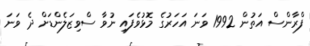
ފްރާންސް އަތުން 1992 ވަނަ އަހަރުގެ މޮޅުވެފައި ނުވާ ސްވިޒަލެންޑަށް ދެ ވަނަ